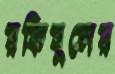
রকিবুলের